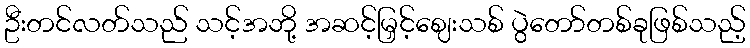
ဦးတင်လတ်သည် သင့်အဘို့ အဆင့်မြှင့်ဈေးသစ် ပွဲတော်တစ်ခုဖြစ်သည့်